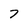
Character: 7